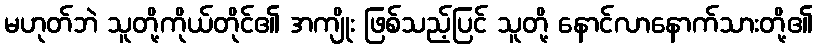
မဟုတ်ဘဲ သူတို့ကိုယ်တိုင်၏ အကျိုး ဖြစ်သည့်ပြင် သူတို့ နောင်လာနောက်သားတို့၏